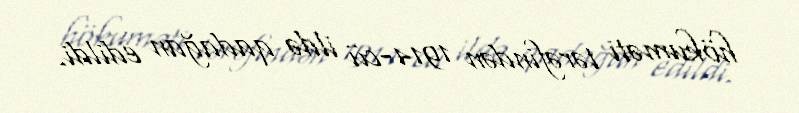
hökuməti tərəfindən 1914-cü ildə qadağan edildi.